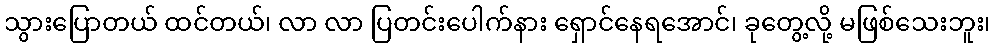
သွားပြောတယ် ထင်တယ်၊ လာ လာ ပြတင်းပေါက်နား ရှောင်နေရအောင်၊ ခုတွေ့လို့ မဖြစ်သေးဘူး၊